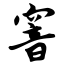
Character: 窨